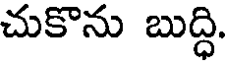
చుకొను బుద్ధి.